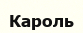
Кароль